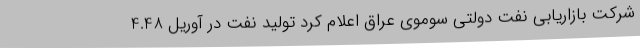
شرکت بازاریابی نفت دولتی سوموی عراق اعلام کرد تولید نفت در آوریل 4.48